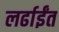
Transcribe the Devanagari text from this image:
लर्ढाईंत